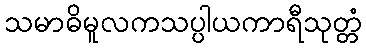
သမာဓိမူလကသပ္ပါယကာရီသုတ္တံ